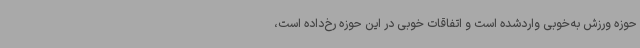
حوزه ورزش به‌خوبی واردشده است و اتفاقات خوبی در این حوزه رخ‌داده است،